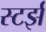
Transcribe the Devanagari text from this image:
स्टर्झ